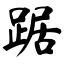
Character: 踞